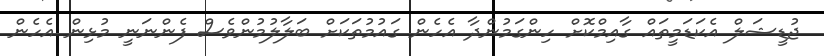
ޖުޑީޝަލް އެކަޑަމީތައް ގާއިމްކޮށް ހިންގަމުންދާ އެހެން ގައުމުތަކަށް ބަލާލުމުންވެސް ފެންނަނީ މުޅިން އެހެން